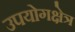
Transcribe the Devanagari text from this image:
उपयोगक्षेत्र